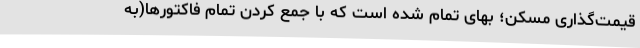
قیمت‌گذاری مسکن؛ بهای تمام شده است که با جمع کردن تمام فاکتورها(به